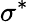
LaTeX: \sigma^{*}